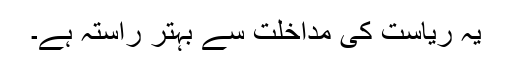
یہ ریاست کی مداخلت سے بہتر راستہ ہے۔